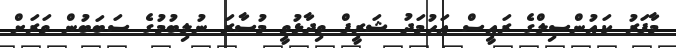
މާފަރު ކައުންސިލްގެ ރައީސް އަހުމަދު ޝަރީފް ވިދާޅުވީ މުސާރަ ނުލިބުމުގެ ސަބަބުން ވަރަށް